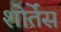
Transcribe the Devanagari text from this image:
शोर्तेंस